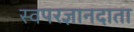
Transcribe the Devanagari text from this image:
स्वपरज्ञानदाता